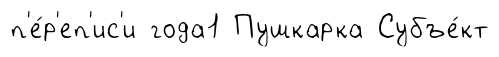
п'е́р'еп'ис'и года1 Пушкарка Субъе́кт